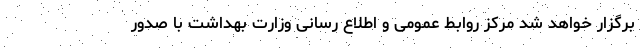
برگزار خواهد شد مرکز روابط عمومی و اطلاع رسانی وزارت بهداشت با صدور